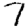
Digit: 7